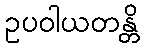
ဥပဝါယတန္တိ